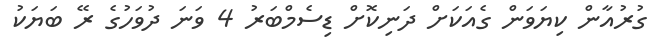
ގުރުއާން ކިޔަވަން ގެއަކަށް ދަނިކޮށް ޑިސެމްބަރު 4 ވަނަ ދުވަހުގެ ރޭ ބަޔަކު